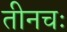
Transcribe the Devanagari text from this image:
तीनचः